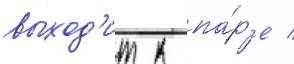
выход'ит к па́р'е /